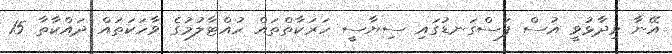
އޭނާ ވިދާޅުވީ އުސް ފަސްގަނޑުގައި ސިޔާސީ ހަރަކާތްތައް ހުއްޓާލުމުގެ ވާހަކަތައް ދައްކާތާ 15